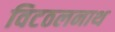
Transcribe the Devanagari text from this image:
विटठलनाथ